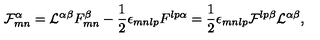
{ \cal F } _ { m n } ^ { \alpha } = { \cal L } ^ { \alpha \beta } F _ { m n } ^ { \beta } - { \frac { 1 } { 2 } } \epsilon _ { m n l p } F ^ { l p \alpha } = { \frac { 1 } { 2 } } \epsilon _ { m n l p } { \cal F } ^ { l p \beta } { \cal L } ^ { \alpha \beta } ,